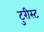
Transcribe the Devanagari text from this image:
टुरीस्ट